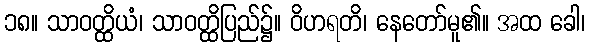
၁၈။ သာဝတ္ထိယံ၊ သာဝတ္ထိပြည်၌။ ဝိဟရတိ၊ နေတော်မူ၏။ အထ ခေါ၊